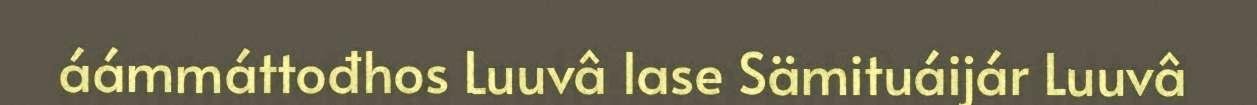
áámmáttođhos Luuvâ lase Sämituáijár Luuvâ